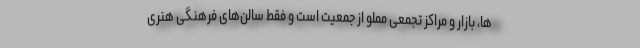
ها، بازار و مراکز تجمعی مملو از جمعیت است و فقط سالن‌های فرهنگی هنری